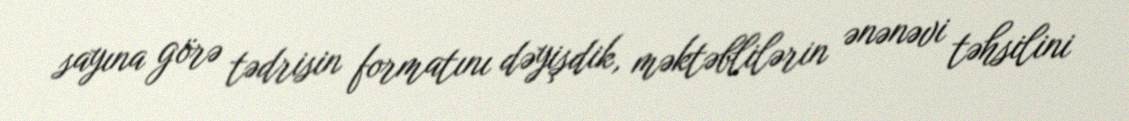
sayına görə tədrisin formatını dəyişdik, məktəblilərin ənənəvi təhsilini